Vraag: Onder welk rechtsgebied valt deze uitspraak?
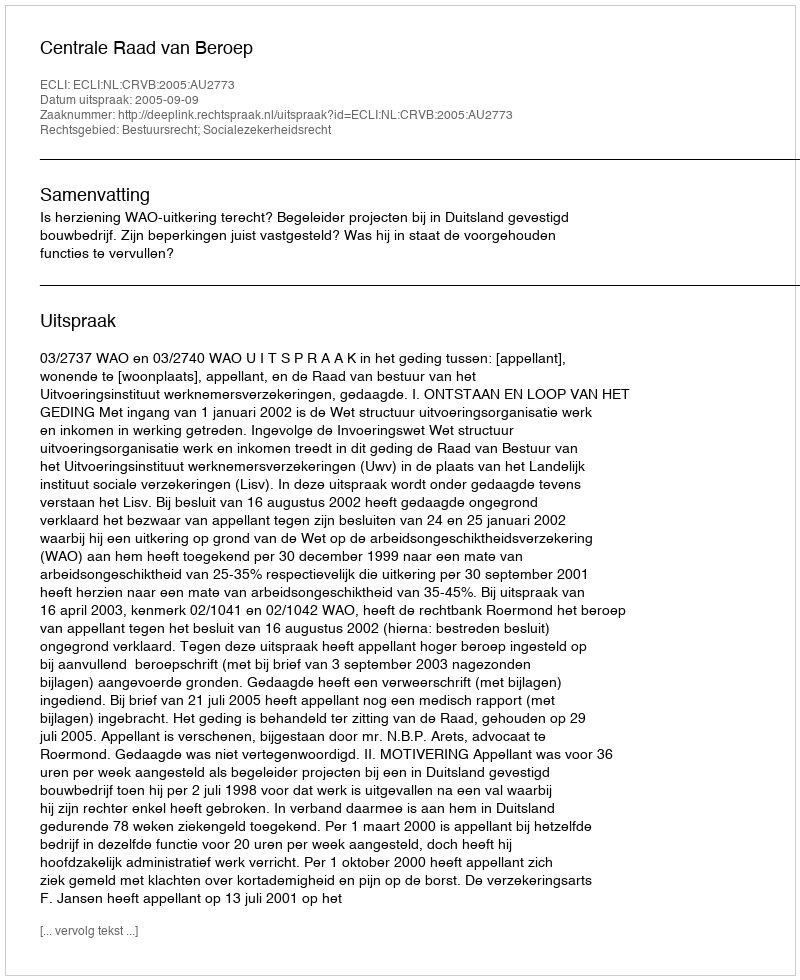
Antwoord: Bestuursrecht; Socialezekerheidsrecht